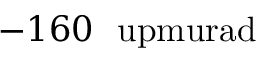
- 1 6 0 ~ \mathrm { { \ u p m u r a d } }